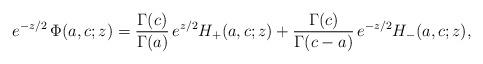
LaTeX: \begin{align*} e^{-z/2}\,\Phi(a,c;z)= \frac{\Gamma(c)}{\Gamma(a)}\, e^{z/2}H_+(a,c;z)+\frac{\Gamma(c)}{\Gamma(c-a)}\, e^{-z/2}H_-(a,c;z),\end{align*}